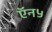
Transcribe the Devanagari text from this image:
ऍन५